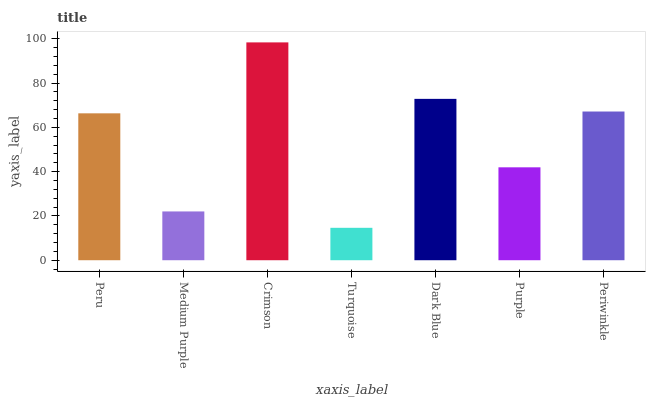
| xaxis_label | bars |
 | --- | --- |
 | Peru | 66.3 |
 | Medium Purple | 22 |
 | Crimson | 98.4 |
 | Turquoise | 14.6 |
 | Dark Blue | 72.9 |
 | Purple | 42 |
 | Periwinkle | 67.2 |